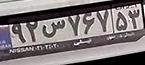
۹۲س۷۶۷۵۳